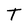
Character: T